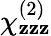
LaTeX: \chi_{\mathbf{z}\mathbf{z}\mathbf{z}}^{(2)}